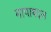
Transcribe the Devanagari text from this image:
मापाबद्दल